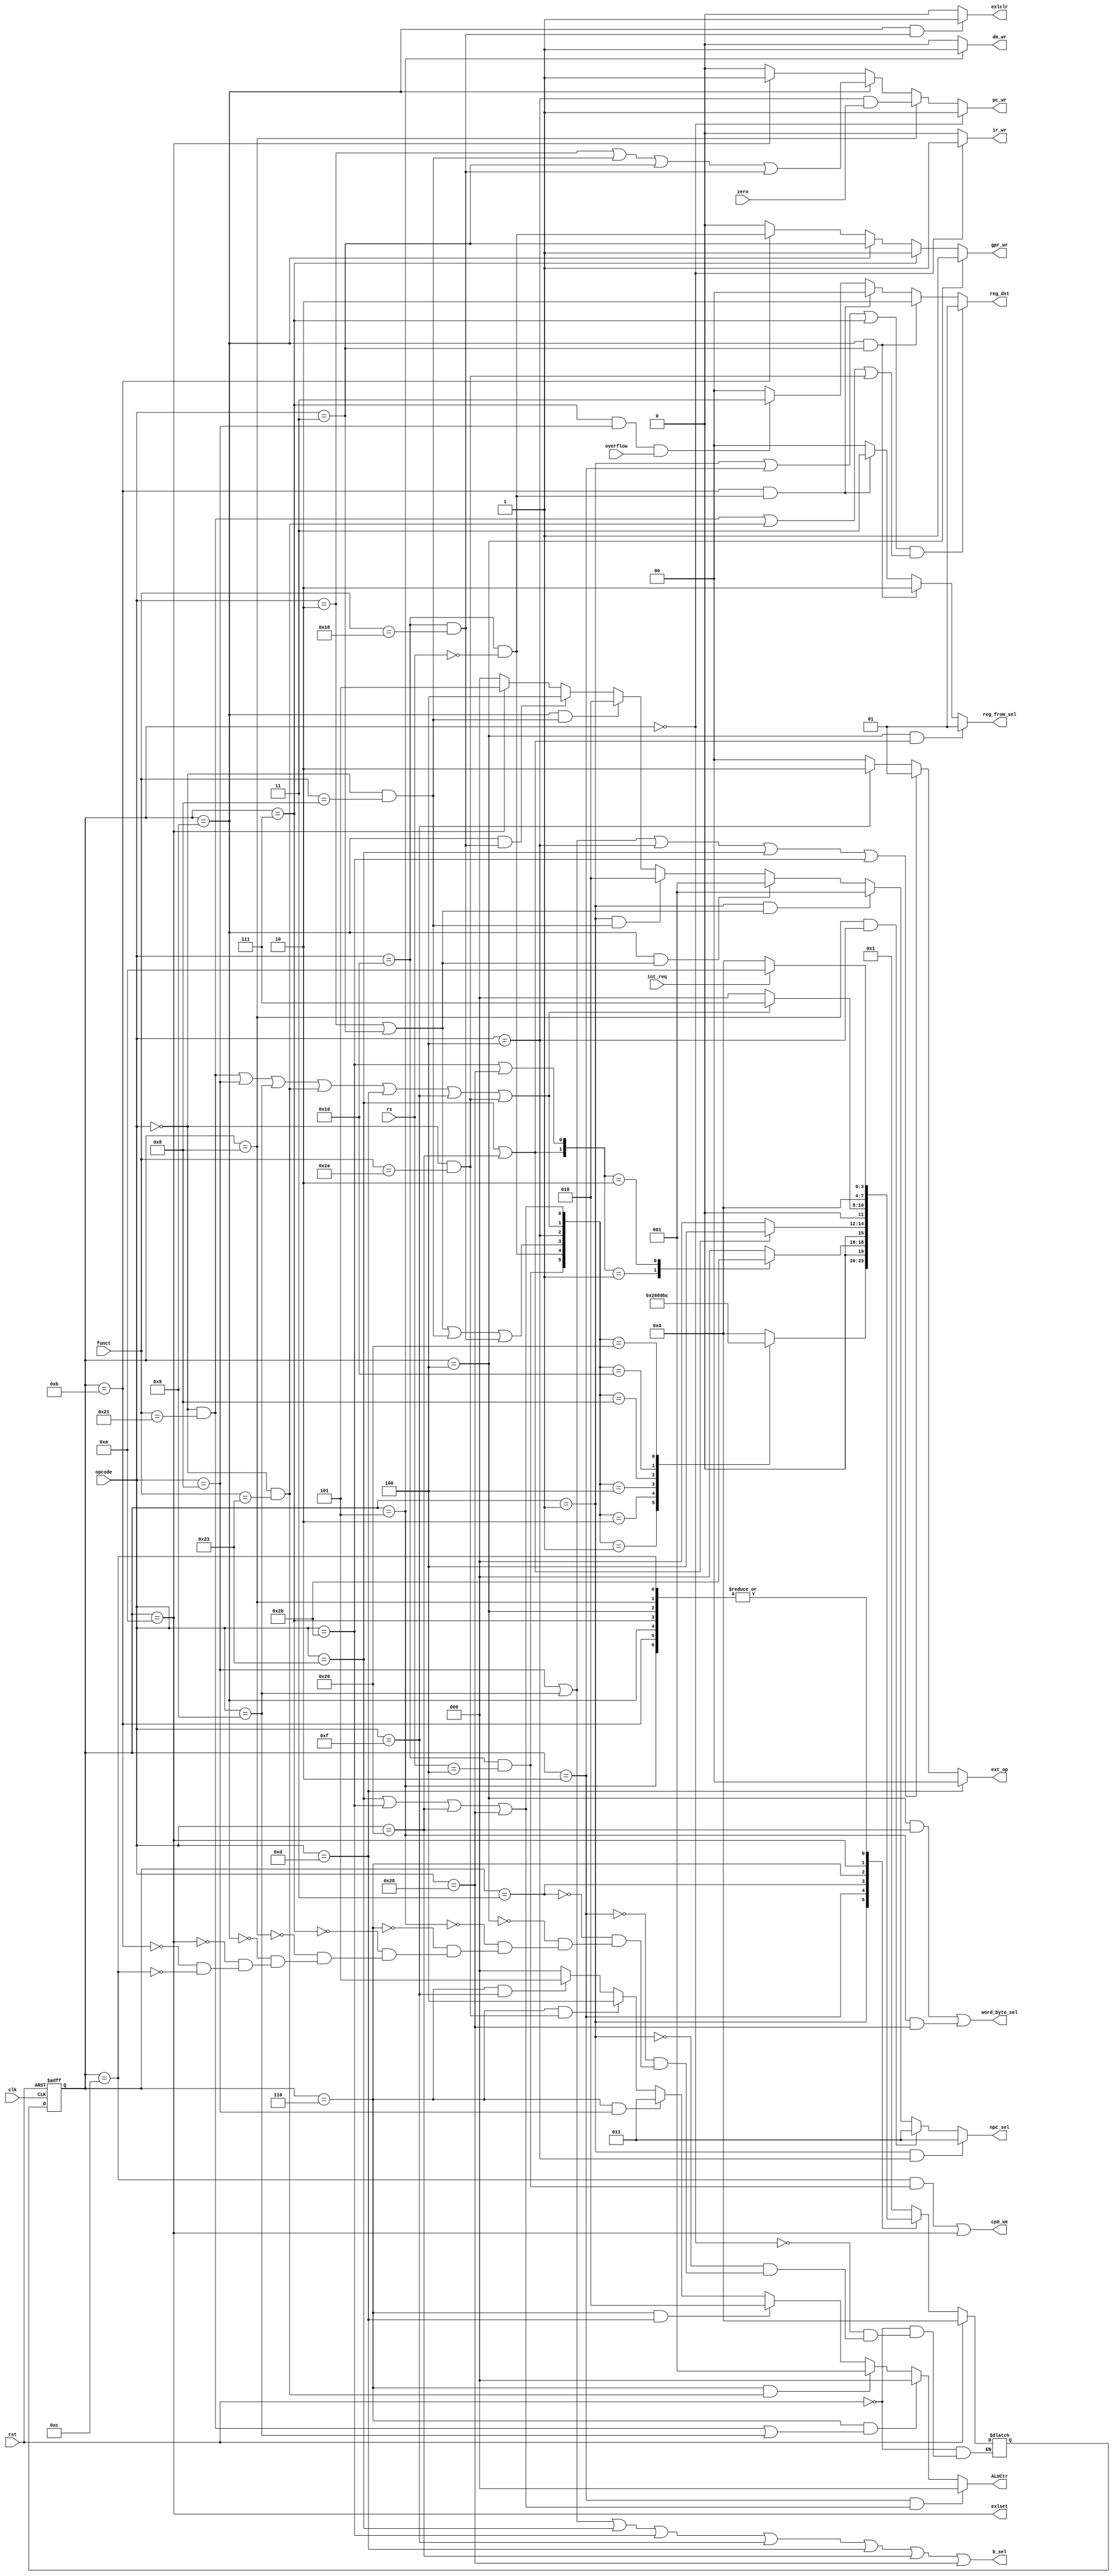
module controller(clk , rst, opcode, funct, rs, zero, overflow, pc_wr, npc_sel, ir_wr, gpr_wr, dm_wr, ALUCtr, reg_dst, reg_from_sel, b_sel, 
                  ext_op, word_byte_sel, int_req, exlset, exlclr, cp0_we);
  input clk, rst, zero, overflow, int_req;
  input [5:0] opcode, funct;
  input [4:0] rs;
  output pc_wr, ir_wr, gpr_wr, dm_wr, b_sel, word_byte_sel;
  output [1:0] reg_dst, ext_op, reg_from_sel;
  output [2:0] npc_sel, ALUCtr;
  output exlset, exlclr, cp0_we;
  
  reg [3:0] fsm, current_state, next_state;
  
  wire addi = opcode == 6'b001000;
  wire addiu = opcode == 6'b001001;
  wire slt = (opcode == 6'b0 && funct == 6'b101010);
  wire jal = opcode == 6'b000011;
  wire jr = (opcode == 6'b0 && funct == 6'b001000);
  wire addu = (opcode == 6'b0 && funct == 6'b100001);
  wire subu = (opcode == 6'b0 && funct == 6'b100011);
  wire ori = opcode == 6'b001101;
  wire lw = opcode == 6'b100011;
  wire sw = opcode == 6'b101011;
  wire beq = opcode == 6'b000100;
  wire lui = opcode == 6'b001111;
  wire j = opcode == 6'b000010;
  wire sb = opcode == 6'b101000;
  wire lb = opcode == 6'b100000;
  wire eret = (opcode == 6'b010000 && funct == 6'b011000);
  wire mfc0 = (opcode == 6'b010000 && rs == 5'b0);
  wire mtc0 = (opcode == 6'b010000 && rs == 5'b00100);
  
  /*
  fsm
  s0: fetch the instruction
  s1: decode
  s2: ALU calculate addr lw || sw || lb || sb
  s3: read from dm
  s4: write back from dm
  s5: write into dm
  s6: ALU calculate numbers addu || addiu || addi || subu || ori || lui
  s7: write back from ALU
  s8: calculate beq addr
  s9: calculate j addr
  s10: interrupt
  s11: mfc0 write back
  s12: mtc0 execute
  
  lw || lb : s0 -> s1 -> s2 -> s3 -> s4
  
  sw || sb : s0 -> s1 -> s2 -> s5
  
  addx || subu || ori || lui || slt : s0 -> s1 -> s6 -> s7
  
  beq : s0 -> s1 -> s8
  
  j || jal || jr || eret : s0 -> s1 -> s9
  
  mfc0 : s0 -> s1 -> s11
  
  mtc0 : s0 -> s1 -> s12
  
  */  
  
  parameter s0 = 4'b0000;
  parameter s1 = 4'b0001;
  parameter s2 = 4'b0010;
  parameter s3 = 4'b0011;
  parameter s4 = 4'b0100;
  parameter s5 = 4'b0101;
  parameter s6 = 4'b0110;
  parameter s7 = 4'b0111;
  parameter s8 = 4'b1000;
  parameter s9 = 4'b1001;
  parameter s10 = 4'b1010;
  parameter s11 = 4'b1011;
  parameter s12 = 4'b1100;
  
  assign cp0_we = (current_state == s12 && mtc0) || (current_state == s10);
  assign exlclr = ((current_state == s9) & eret) ? 1 : 0;
  assign exlset = (current_state == s10);
  
  assign pc_wr = (current_state == s0) ? 1: 
                 (current_state == s8) ? beq && zero:
                 (current_state == s9) ? ( j || jr || jal || eret):
                 (current_state == s10) ? 1 : 0;
                 
  // 000 - pc + 4
  // 001 - j / jal
  // 010 - jr
  // 011 - beq
  // 100 - eret
  // 101 - interrupt
  assign npc_sel = (current_state == s1 && beq) ? 3'b011:
                   (current_state == s8 && beq) ? 3'b011:
                   (current_state == s1 && (j || jal)) ? 3'b001:
                   (current_state == s9 && (j || jal)) ? 3'b001:
                   (current_state == s1 && jr) ? 3'b010:
                   (current_state == s9 && jr) ? 3'b010:
                   (current_state == s9 && eret) ? 3'b100:
                   (current_state == s10) ? 3'b101 : 3'b000;
                   
  assign ir_wr = current_state == s0 ? 1 : 0;
  
  assign gpr_wr = (current_state == s4) ? 1:
                  (current_state == s7) ? 1:
                  (current_state == s9) ? jal:
                  (current_state == s11)? mfc0 : 0;
  
  assign dm_wr = current_state == s5 ? 1 : 0;
  
  // 000 - addu / addiu / lw_addr / sw_addr / lb_addr / sb_addr
  // 001 - subu
  // 010 - ori
  // 011 - addi
  // 100 - slt
  // 101 - lui
  assign ALUCtr = (current_state == s2 && (lw || sw || lb || sb)) ? 3'b000:
                  (current_state == s6 && (addu || addiu)) ? 3'b000:
                  (current_state == s6 && subu) ? 3'b001:
                  (current_state == s6 && ori) ? 3'b010:
                  (current_state == s6 && addi) ? 3'b011:
                  (current_state == s6 && slt) ? 3'b100:
                  (current_state == s6 && lui) ? 3'b101 : 3'b000;
  
  // 00 - rt
  // 01 - rd
  // 10 - $31
  // 11 - overflow $30
  assign reg_dst =  ((current_state == s1 || current_state == s2 || current_state == s7) && (addu || subu || slt)) ? 2'b01:
                    (current_state == s9 && jal) ? 2'b10:
                    (current_state == s11 && mfc0) ? 2'b00:
                    (current_state == s7 && addi && overflow) ? 2'b11 : 2'b00;
                    
  // 00 - from alu
  // 01 - from mem
  // 10 - pc_4 
  // 11 - cp0
  assign reg_from_sel = (current_state == s4 && (lw || lb)) ? 2'b01:
                        (current_state == s9 && jal) ? 2'b10 : 
                        (current_state == s11 && mfc0) ? 2'b11 : 2'b00;
  
  // 0 - gpr_busB
  // 1 - imm16                      
  assign b_sel = addi || addiu || lw || sw || lui || ori || lb || sb;
  
  // 00 - zero ext
  // 01 - sign ext
  // 10 - lui
  assign ext_op = ori ? 2'b00:
                  (addi || addiu || beq || lw || sw) ? 2'b01:
                  lui ? 2'b10 : 2'b00;
  
  // 0 - word
  // 1 - byte                
  assign word_byte_sel = (current_state == s4 && lb) || (current_state == s5 && sb);
  
  always @(posedge clk or posedge rst)
  begin
    if (rst)
      current_state <= s0;
    else
      current_state <= next_state;
  end
  
  always @(*)
  begin
    if (rst)
      next_state = s0;
    else
      case (current_state)
        s0: next_state = s1;
        s1: case ({ mtc0, mfc0,(j || jal || jr || eret), beq, (addu || addi || addiu || subu || ori || lui || slt), (lw || sw || lb || sb)})
            6'b000001 : next_state = s2;
            6'b000010 : next_state = s6;
            6'b000100 : next_state = s8;
            6'b001000 : next_state = s9;
            6'b010000 : next_state = s11;
            6'b100000 : next_state = s12;
            default: next_state = s0;
          endcase
        s2: case ({(lw || lb), (sw || sb)})
            2'b01 : next_state = s5;
            2'b10 : next_state = s3;
            default: next_state = s0;
          endcase
        s3: next_state = (lw || lb) ? s4 : s0;
        s4: begin 
              if (int_req) next_state = s10;
              else next_state = s0; 
            end
        s5: begin 
              if (int_req) next_state = s10;
              else next_state = s0;
            end
        s6: next_state = (addu || addi || addiu || subu || ori || lui || slt) ? s7 : s0;
        s7: begin 
              if (int_req) next_state = s10;
              else next_state = s0;
            end
        s8: begin 
              if (int_req) next_state = s10;
              else next_state = s0;
            end
        s9: begin 
              if (int_req) next_state = s10;
              else next_state = s0;
            end
        s10: next_state = s0;
        s11: begin 
              if (int_req) next_state = s10;
              else next_state = s0;
             end
        s12: begin 
              if (int_req) next_state = s10;
              else next_state = s0;
             end
      endcase
                
  end    
  
endmodule